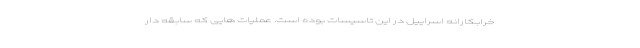
خرابکارانه اسراییل در این تاسیسات بوده است. عملیات هایی که سابقه دار